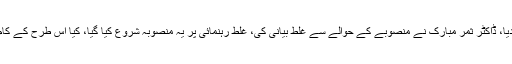
، خود کو بڑا سائنسدان کہتے تھے اتنا پیسہ منصوبہ پر لگوا دیا، ڈاکٹر ثمر مبارک نے منصوبے کے حوالے سے غلط بیانی کی، غلط رہنمائی پر یہ منصوبہ شروع کیا گیا، کیا اس طرح کے کام کر کے پیسہ ضائع کردیں، کسی کو جوابدہ ٹھہرانا پڑے گا۔